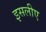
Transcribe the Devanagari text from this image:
इसलीए